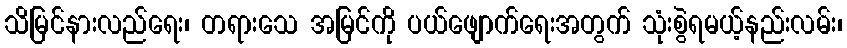
သိမြင်နားလည်ရေး၊ တရားသေ အမြင်ကို ပယ်ဖျောက်ရေးအတွက် သုံးစွဲရမယ့်နည်းလမ်း၊